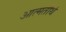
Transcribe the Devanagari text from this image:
आत्मतीर्थ